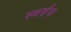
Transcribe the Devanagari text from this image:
स्वर्संघ